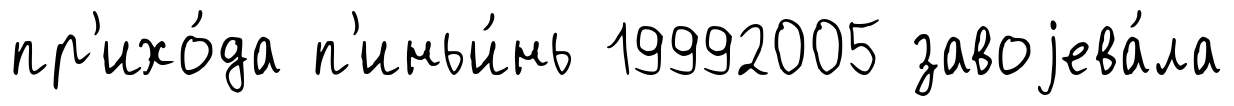
пр'ихо́да п'иньи́нь 19992005 завоjева́ла